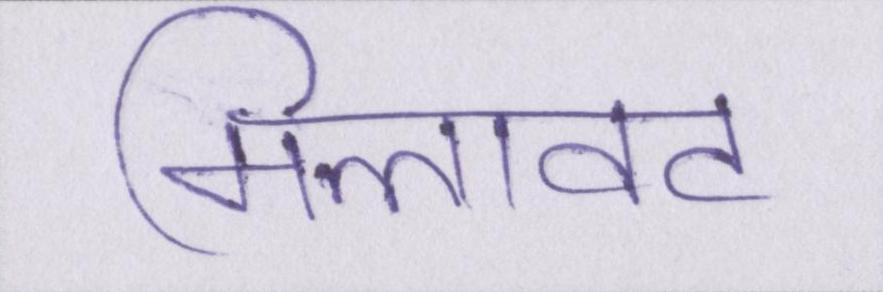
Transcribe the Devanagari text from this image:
मिलावट